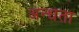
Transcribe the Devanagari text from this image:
अन्‍धता